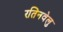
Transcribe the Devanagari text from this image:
रतिनवेलु